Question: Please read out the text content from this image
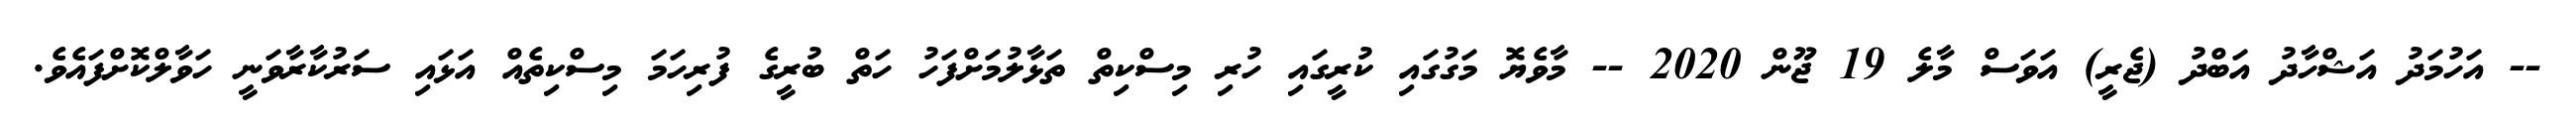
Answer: -- އަހުމަދު އަޝްހާދު އަބްދު (ޖެރީ) އަވަސް މާލެ 19 ޖޫން 2020 -- މާވެޔޮ މަގުގައި ކުރީގައި ހުރި މިސްކިތް ތަޅާލުމަށްފަހު ހަތް ބުރީގެ ފުރިހަމަ މިސްކިތެއް އަޅައި ސަރުކާރާވަނީ ހަވާލްކޮށްފައެވެ.